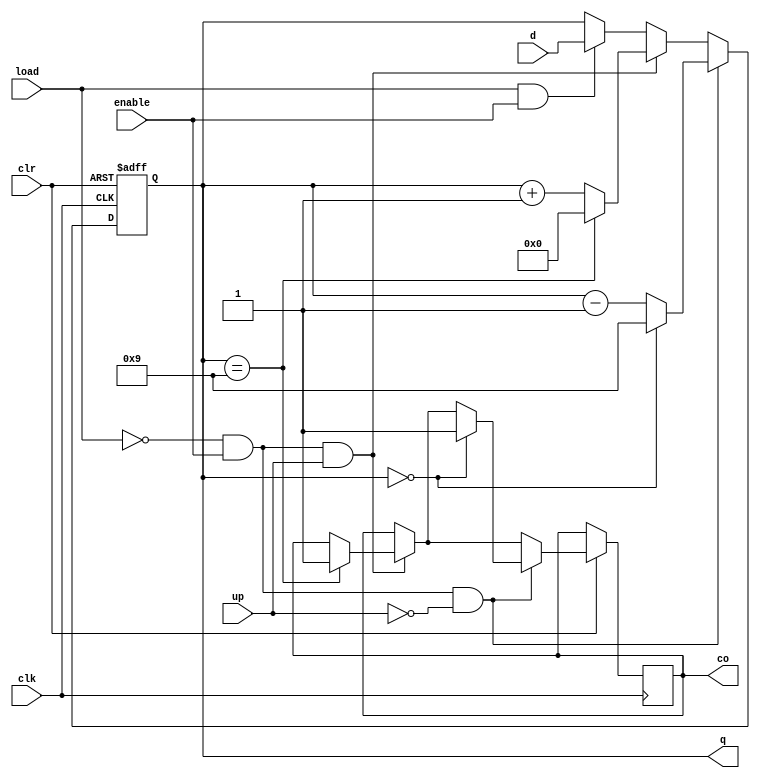

module BCDCounter(
	q, co, d, enable, load, up, clr, clk
	);
	
	input [3:0] d;
	input enable, clk, clr, load, up;
	output wire co;
	output wire [3:0]q;
	reg temp_co;
	reg [3:0] temp;
	
	always @(posedge clk or negedge clr) begin
		if (!clr) temp <= 4'b0000;
		else begin
			if (load == 1 && enable == 1)
				temp <= d;
			if (load == 0 && enable == 1 && up == 1) begin
				if (temp == 4'b1001) begin
					temp_co <= 1;
					temp <= 4'b0000;
				end
				else
				 	temp <= temp + 4'b0001;
			end
			if (load == 0 && enable == 1 && up == 0) begin
				if (temp == 4'b0000) begin 
					temp_co <= 1;
					temp <= 4'b1001;
				end
				else 
					temp <= temp - 4'b0001;
			end
		end
		
	end
	assign q = temp;
	assign co = temp_co;
endmodule